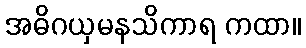
အဓိဂယှမနသိကာရ ကထာ။